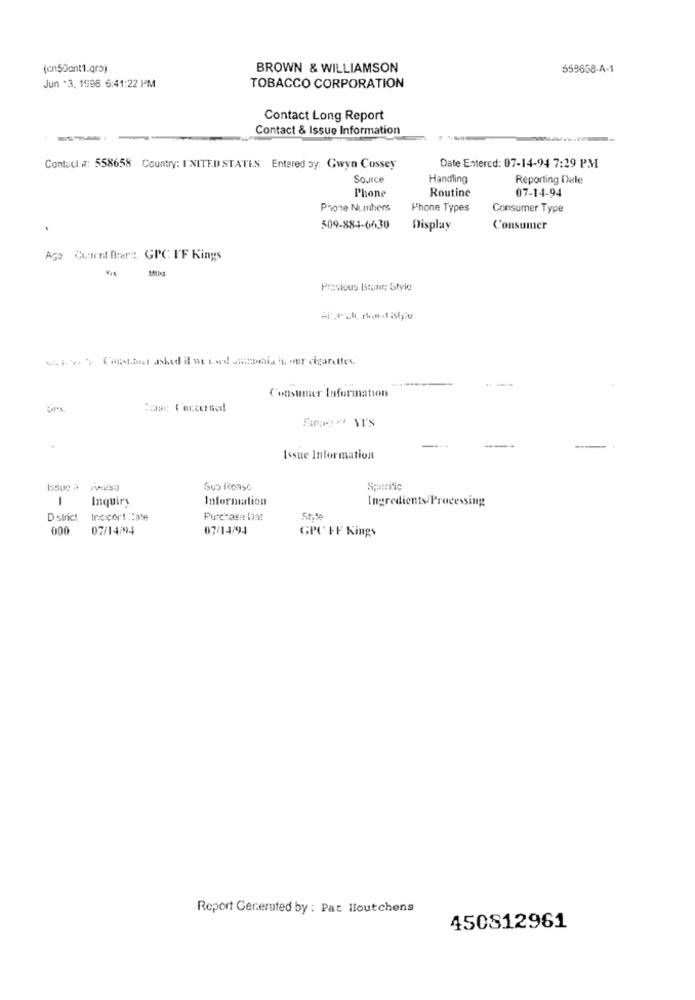
(cn5Dont1.qr3)
BROWN & WILLIAMSON
559658-A-1
Jun *3, 1996 6:41:22 PM
TOBACCO CORPORATION
Contact Long Report
Contact & Issue Information
Contact #: 558658 Country: I'NITED STATES Entered ay: Gwyn Cossey
Date Entercd: 07-14-94 7:29 PM
Source
Handling
Reporting Dale
Phone
Routine
07-14-94
Phone Numbers
Phone Types
Consumer Type
509-884-6630
Display
Consumer
Age Current Brere. GPC FF Kings
MillNS
Previous Brunt: Style
Consumer Information
:a: Concerned
Issue Information
Issue # ris
Sus Rease
Specific
-
Information
Ingredients/ Processing
Inquiry
Dslrict Incicor! : late
Purchase Dat
000 07/14/94
07/14/94
GPC FF Kings
Report Generated by : Pat lloutchens
450812961